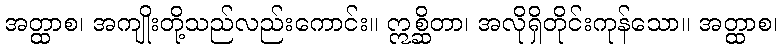
အတ္ထာစ၊ အကျိုးတို့သည်လည်းကောင်း။ ဣစ္ဆိတာ၊ အလိုရှိတိုင်းကုန်သော။ အတ္ထာစ၊